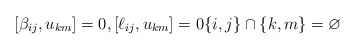
\begin{gather*}[\beta_{ij},u_{km}] = 0, [\ell_{ij},u_{km}] = 0 \{i,j \} \cap \{k, m \} = \varnothing\end{gather*}